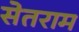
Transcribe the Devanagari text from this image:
सेतराम